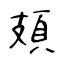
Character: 頍